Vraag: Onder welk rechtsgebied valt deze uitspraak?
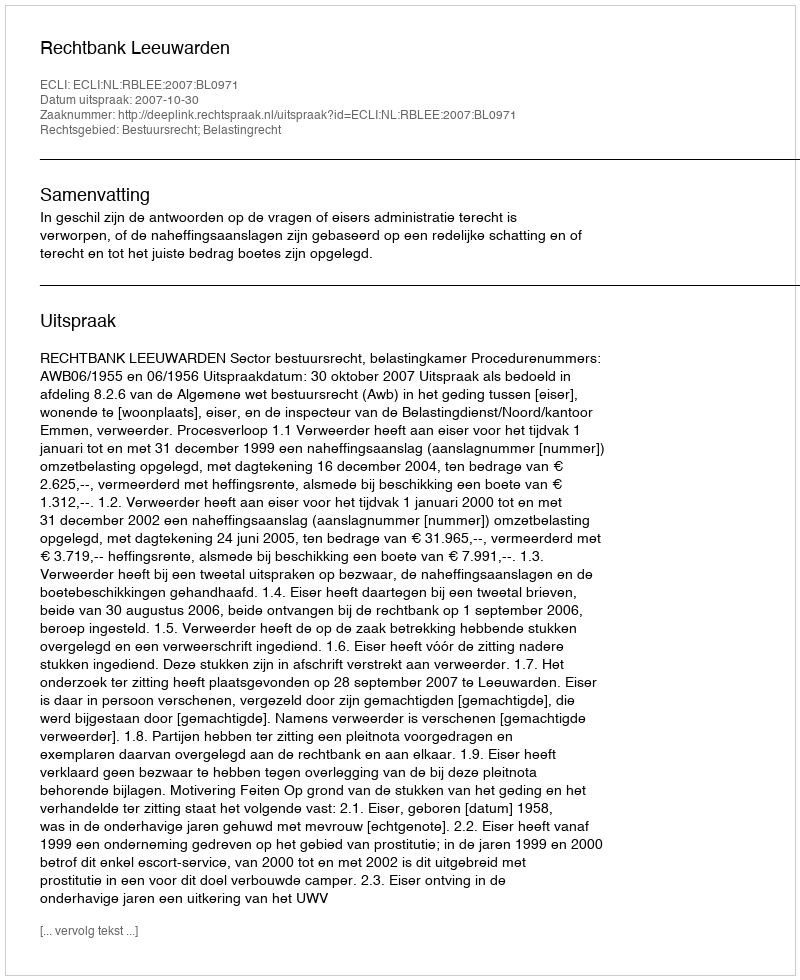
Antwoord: Bestuursrecht; Belastingrecht